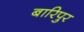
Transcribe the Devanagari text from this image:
बारिपुर